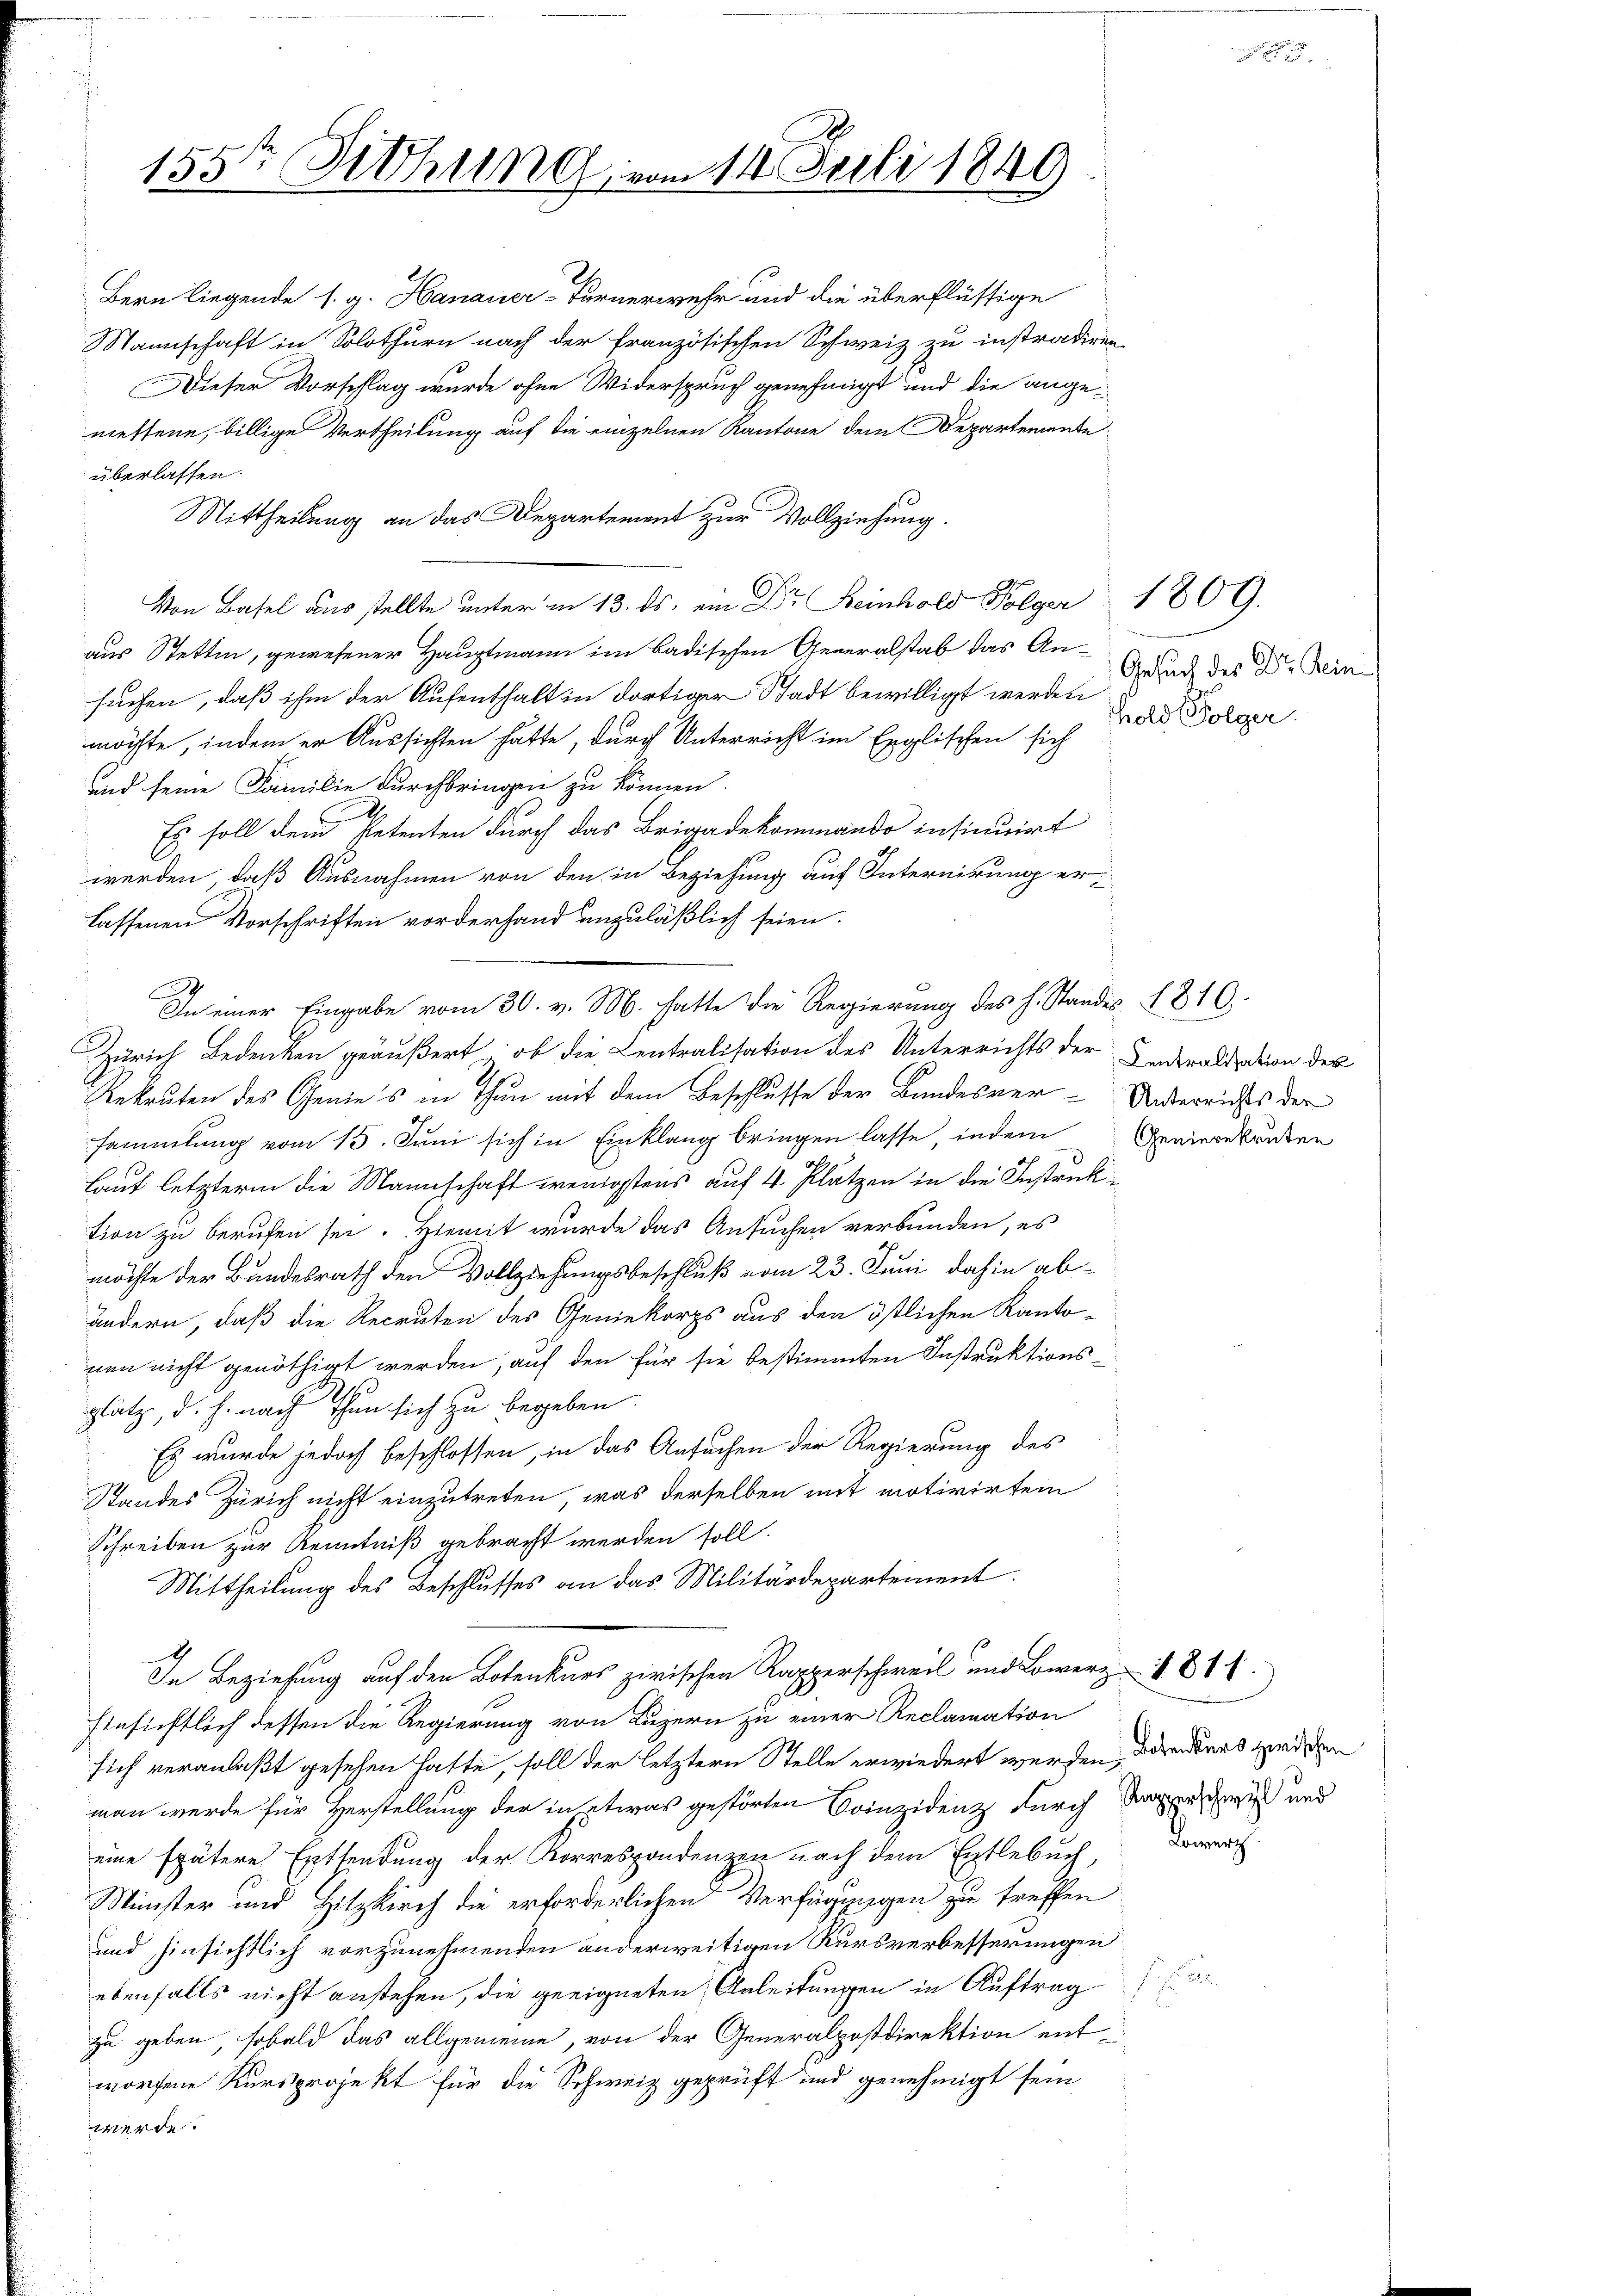
155te Sitzung vom 14. Juli 1849

Bern liegende s. g. Hanauer-Furnerwehr und die überflüssige
Sannschaft in Solothurn nach der französischen Schweiz zu instradiren.
Dieser Vorschlag wurde ohne Widerspruch genehmigt und die ange
messene, billige Vertheilung auf die einzelnen Kantone dem Departemente
überlassen.
Mittheilung an das Departement zur Vollziehung.
Von Basel aus stellte unter in 13. ds. ein Dr. Reinhold Folger 1809.
aus Stettin, gewesener Hauptmann im Badischen Generalstab das Ansuchen, daß ihm der Aufenthalt in dortiger Stadt bewilligt werden
möchte, indem er Aussichten hätte, durch Unterricht im Englischen sich
und seine Familie durchbringen zu können.
Es soll dem Petenten durch das Brigadekommando insinuirt
werden, daß Ausnahmen von den in Beziehung auf Internirung erlassenen Vorschriften vorderhand unzuläßlich seien.
.
In einer Eingabe vom 30. v. M. hatte die Regierung des H. Standes 1810.
Zürich Bedenken geäußert, ob die Centralisation des Unterrichts der Inderariation des
Rekruten des Genies in Thun mit dem Beschlusse der Bundesver-Unterrichts der
sammlung vom 15. Juni sich in Einklang bringen lasse, indem Genierekruten
laut letztere die Mannschaft wenigstens auf 4 Plätzen in die Instruktion zu berufen sei. Hiemit wurde das Ansuchen verbunden, es
möchte der Bundesrath den Vollziehungsbeschluß vom 23. Juni dahin abändern, daß die Recruten des Geniekorps aus den östlichen Kantonen nicht genöthigt werden, auf den für sie bestimmten Instruktions¬
.
platz, d. h. nach thun sich zu begeben.
Es wurde jedoch beschlossen, in das Ansuchen der Regierung des
Standes Zürich nicht einzutreten, was derselben mit motivirten
Schreiben zur Kenntniß gebracht werden soll.
Mittheilung des Beschlusses an das Militärdepartement.
In Beziehung auf den Botenkurs zwischen Rapperschweil und Lowerz- 1811.
Einsichtlich dessen die Regierung von Luzern zu einer Reclamation
sich veranlaßt gesehen hatte, soll der letztern Stelle erwiedert werden, derenders wird den
man werde für Herstellung der in etwas gestörten Crinzidenz durch Mauer sei und
eine spätere Entsendung der Korrespondenzen nach dem Entlebuch,
Minister und Hitzkirch die erforderlichen Verfügungen zu treffen
uund hinsichtlich vorzunehmenden anderweitigen Kursverbesserungen
ebenfalls nicht anstehen, die geeigneten Anleitungen in Auftrag
zu geben, sobald das allgemeine, von der Generalpostdirektion entworfene Kursprojekt für die Schweiz geprüft und genehmigt sein,
werde.

Gesuch des Dr. Heinhold Folger.

s

Lowerz